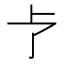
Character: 𪟽